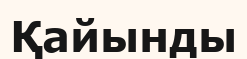
Қайынды